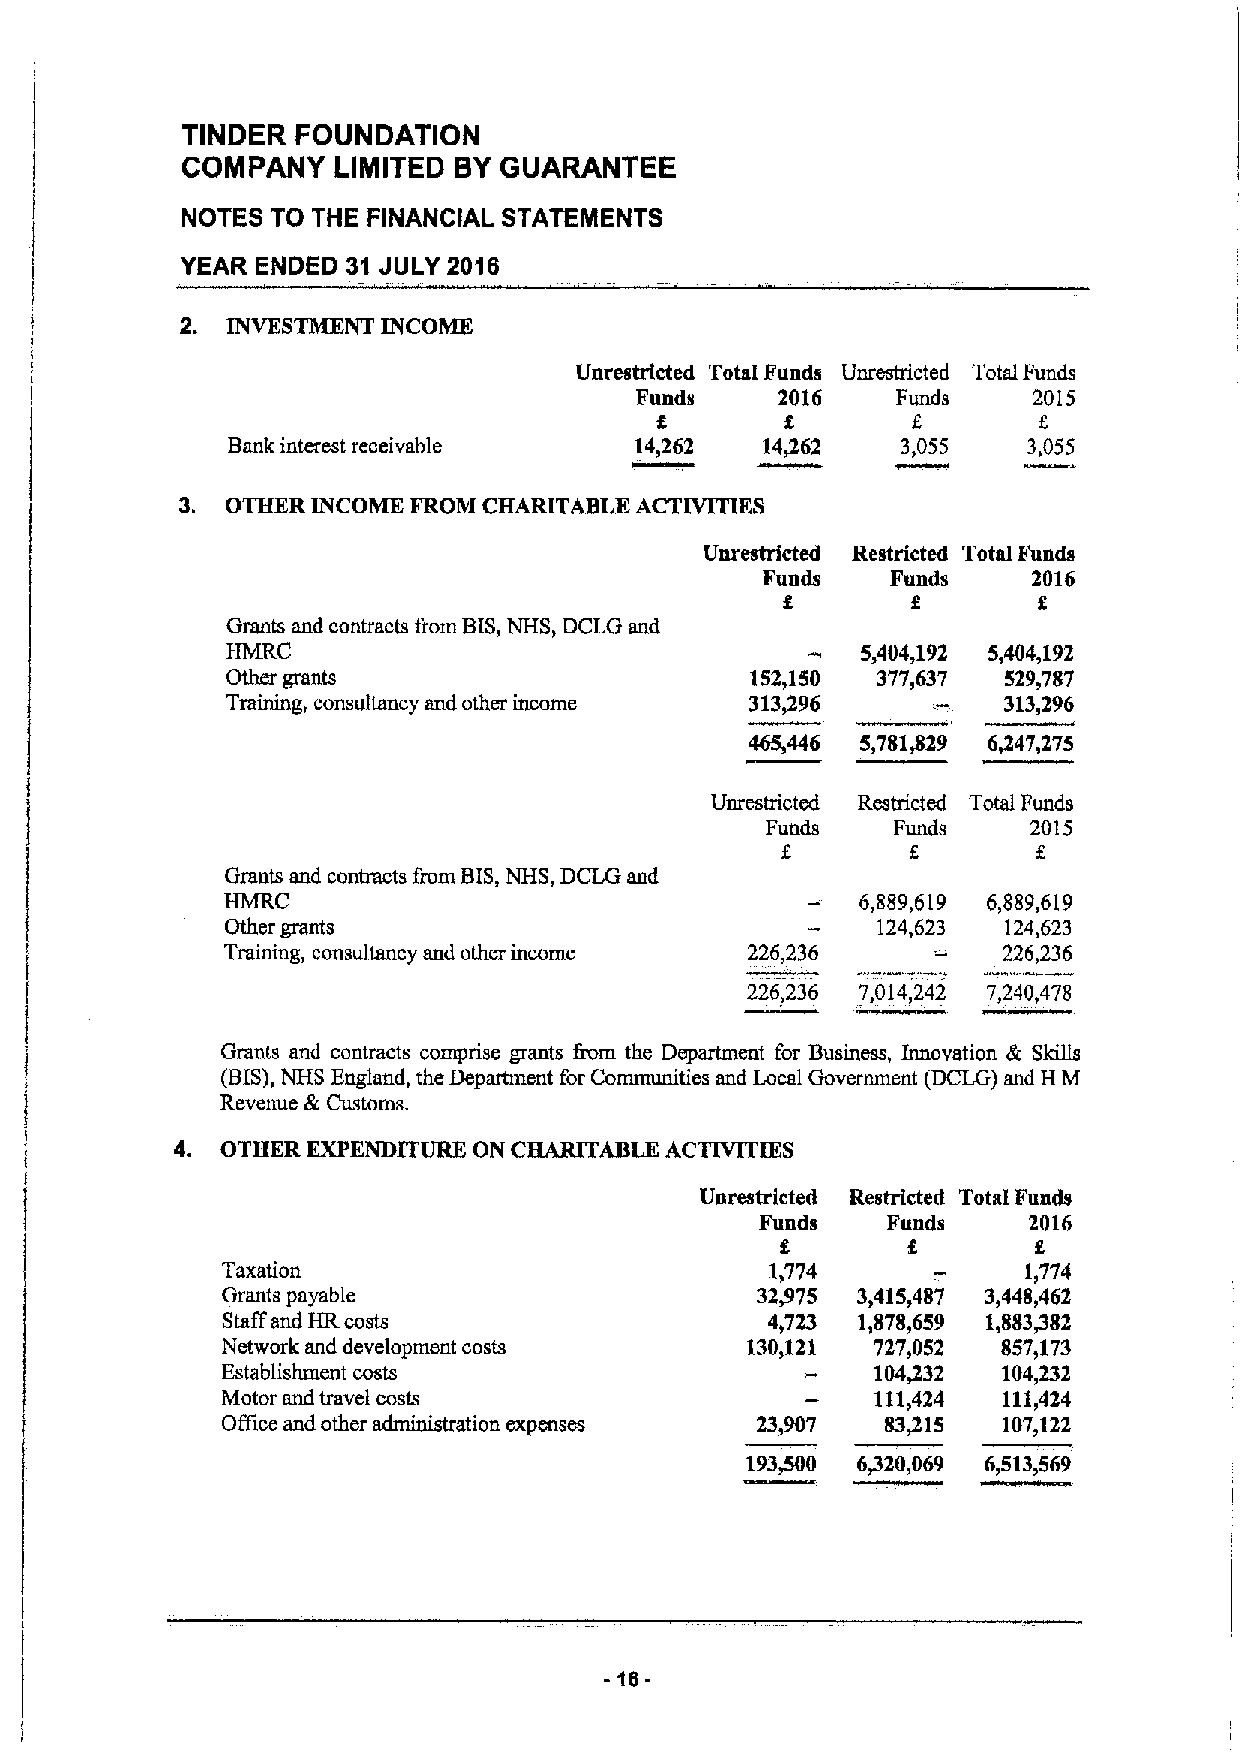
TINDER  FOUNDATION
 COMPANY   LIMITED 8Y GUARANTEE
 NOTES TO THE FINANCIAL STATEMENTS
 YEAR ENDED 31 JULY 2016
 2. INVESTMENT INCOME
 Unrestricted Total Funds Unrestricted Total Funds
 Funds    2016    Funds    2015
 4
 Bank interest receivable   14,262  14462     3,055   3,055
 3. OTHER INCOME FROM CHARITABLE ACTIVITIES
 Unrestricted Restricted Total Funds
 Funds    Funds    2016
 f
 4
 Grants and contracts I'rom BIS,NHS, DCLG and
 HMRC                                      5,404,192 5,404,192
 Other grants                       152,150 377,637  529,787
 Training, consultancy and other income 313,296     313,296
 465,446 5,781429 6447,275
 Unrestricted Restricted Total Funds
 Funds   Funds    2015
 f.
 Grants and contracts fmm BIS,NHS, DCLG and
 HMRC                                      6,889,619 6,8$9,619
 Other grants                               124,623  124,623
 Training, consultancy and other incoine 226,236
 .—
 226,236
 226,236 7,014,242 7,240,478
 Grants and contracts comprise grants trom the Department for Business, Innovation tk Skills
 (BIS),NHS England, the Department for Communities and Local Government (DCLG) and H M
 Revenue &Customs.
 4. OTHER EXPENDITURE ON CHARITABLE ACTIVITIES
 Unrestricted Restricted Total Funds
 Funds    Funds    2016
 Taxation                            1,774            1,774
 Grants payable                     32J75  3,415,487 3,448,462
 Staffand HR costs                   4,723 1,$78,659 1,883482
 Network and development costs     130,121  727,052 857,173
 Establishment costs                        104432  104,232
 Motor and travel ~costtsion                111,424 111,424
 Office and other   expenses        23,907   83/15  107,122
 193~0   6/20,069 6,513,569
 10-